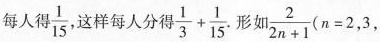
每人得\frac{1}{15}这样每人分得 $$\frac { 1 }{ 3 } + \frac { 1 }{ 1 5 }$$形如， \frac{2}{2n+1}( $$n = 2$$, 3 ，